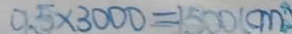
0 . 5 \times 3 0 0 0 = 1 5 0 0 ( c m )